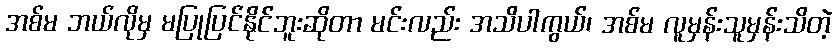
အစ်မ ဘယ်လိုမှ မပြုပြင်နိုင်ဘူးဆိုတာ မင်းလည်း အသိပါကွယ်၊ အစ်မ လူမှန်းသူမှန်းသိတဲ့